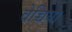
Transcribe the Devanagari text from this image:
वेच्चिया